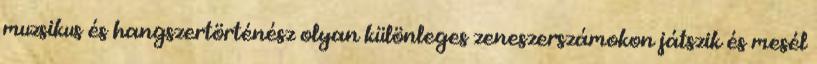
muzsikus és hangszertörténész olyan különleges zeneszerszámokon játszik és mesél